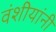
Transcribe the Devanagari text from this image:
वंशीयांनी